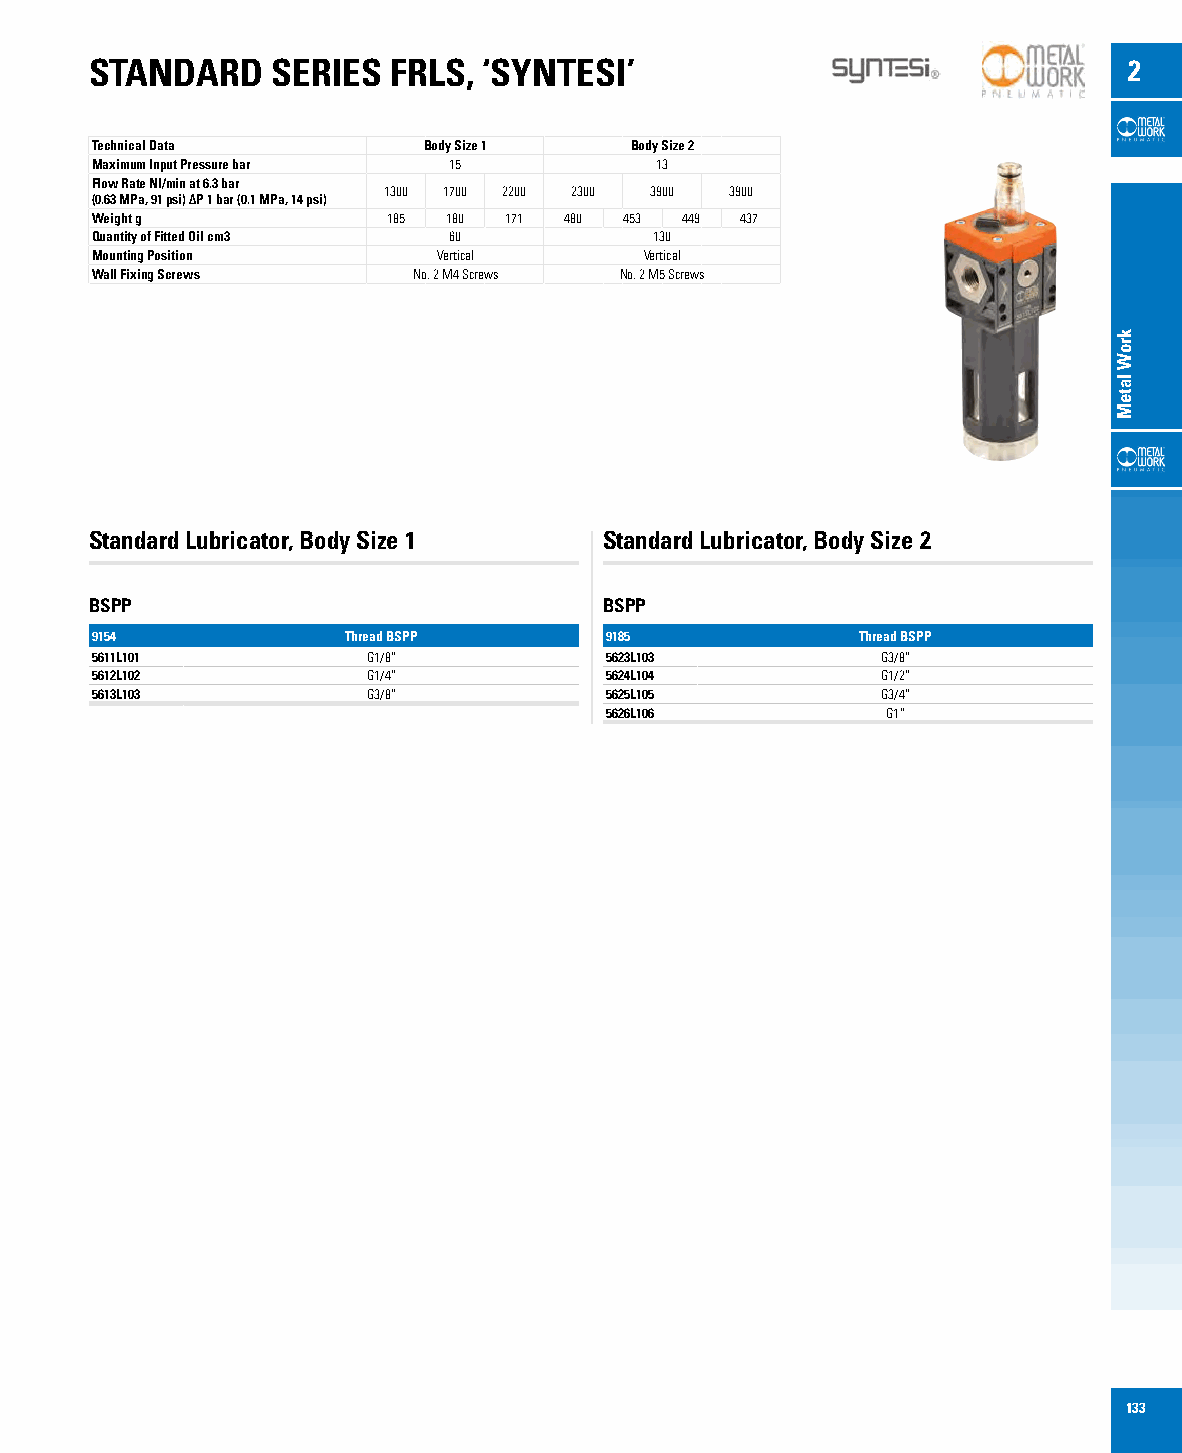
STANDARD    SERIES  FRLS, ‘SYNTESI’                                  2
 Technical Data        Body Size 1   Body Size 2
 Maximum Input Pressure bar 15        13
 Flow Rate NI/min at 6.3 bar
 1300 1700 2200 2300 3900 3900
 (0.63 MPa, 91 psi) ∆P 1 bar (0.1 MPa, 14 psi)
 Weight g            185 180 171 480 453 449 437
 Quantity of Fitted Oil cm3 60        130
 Mounting Position      Vertical      Vertical
 Wall Fixing Screws   No. 2 M4 Screws No. 2 M5 Screws
 Standard Lubricator, Body Size 1  Standard Lubricator, Body Size 2
 BSPP                              BSPP
 9154             Thread BSPP      9185             Thread BSPP
 5611L101          G1/8”           5623L103          G3/8”
 5612L102          G1/4”           5624L104          G1/2”
 5613L103          G3/8”           5625L105          G3/4”
 5626L106           G1”
 133
 kroW
 lateM